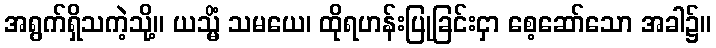
အရွက်ရှိသကဲ့သို့။ ယသ္မိံ သမယေ၊ ထိုရဟန်းပြုခြင်းငှာ စေ့ဆော်သော အခါ၌။